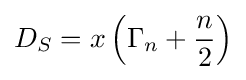
D_{S}=x\left(\Gamma _{n}+{\frac {n}{2}}\right)